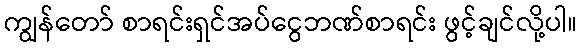
ကျွန်တော် စာရင်းရှင်အပ်ငွေဘဏ်စာရင်း ဖွင့်ချင်လို့ပါ။